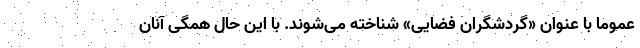
عموما با عنوان «گردشگران فضایی» شناخته می‌شوند. با این حال همگی آنان